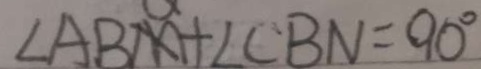
\angle A B M + \angle C B N = 9 0 ^ { \circ }